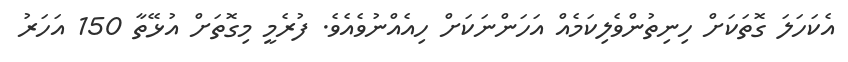
އެކަހަލަ ގޮތަކަށް ހިނިތުންވެލިކަމެއް އަހަންނަކަށް ހިއެއްނުވެއެވެ. ފުރެމީ މިގޮތަށް އުޅޭތާ 150 އަހަރު